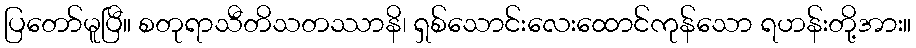
ပြတော်မူပြီ။ စတုရာသီတိသတဿာနိ၊ ရှစ်သောင်းလေးထောင်ကုန်သော ရဟန်းတို့အား။